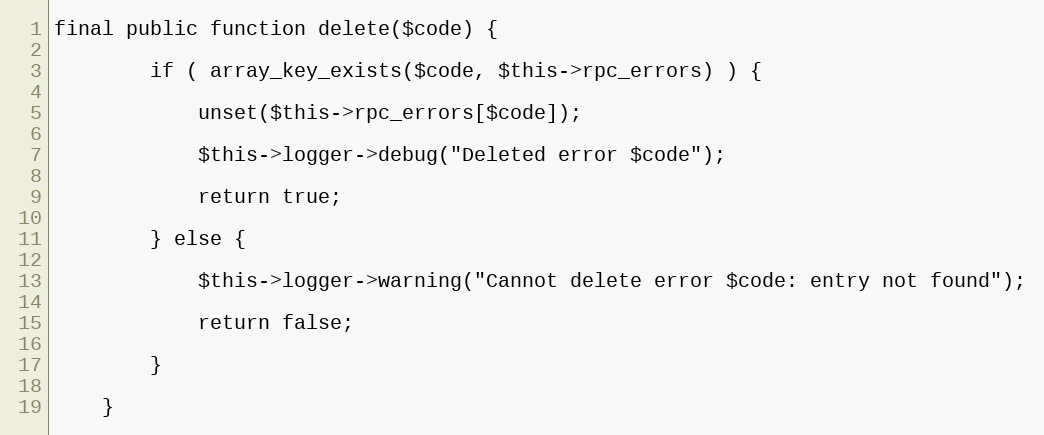
Language: PHP
final public function delete($code) {

        if ( array_key_exists($code, $this->rpc_errors) ) {

            unset($this->rpc_errors[$code]);

            $this->logger->debug("Deleted error $code");

            return true;

        } else {

            $this->logger->warning("Cannot delete error $code: entry not found");

            return false;

        }

    }